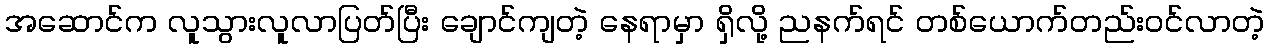
အဆောင်က လူသွားလူလာပြတ်ပြီး ချောင်ကျတဲ့ နေရာမှာ ရှိလို့ ညနက်ရင် တစ်ယောက်တည်းဝင်လာတဲ့